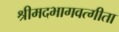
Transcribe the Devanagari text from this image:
श्रीमदभागवत्गीता